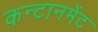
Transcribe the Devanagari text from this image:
कन्टानमेंट